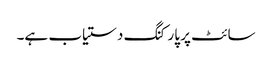
سائٹ پر پارکنگ دستیاب ہے۔